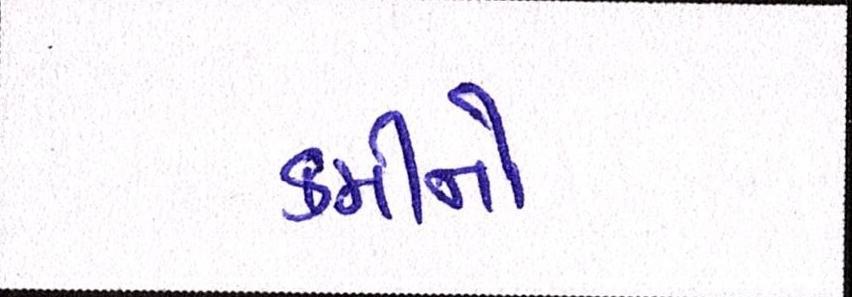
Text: કમીનો